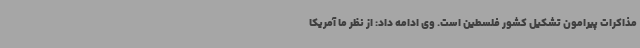
مذاکرات پیرامون تشکیل کشور فلسطین است. وی ادامه داد: از نظر ما آمریکا